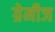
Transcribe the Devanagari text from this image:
ग्रेमीज